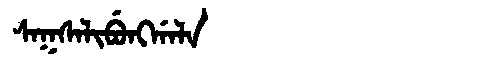
Manchu: ᠰᠠᡴᠰᠠᠯᡳᠪᡠᠩᡤᠠᠯᠠ
Romanization: SAKSALIBUNGGALA